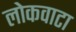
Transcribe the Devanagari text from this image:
लोकवाटा